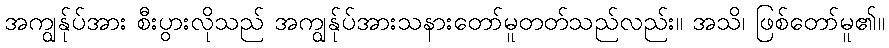
အကျွန်ုပ်အား စီးပွားလိုသည် အကျွန်ုပ်အားသနားတော်မူတတ်သည်လည်း။ အသိ၊ ဖြစ်တော်မူ၏။